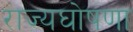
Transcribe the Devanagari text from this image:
राज्यघोषणा